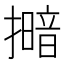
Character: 𢶹